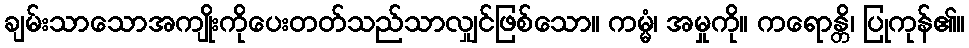
ချမ်းသာသောအကျိုးကိုပေးတတ်သည်သာလျှင်ဖြစ်သော။ ကမ္မံ၊ အမှုကို။ ကရောန္တိ၊ ပြုကုန်၏။